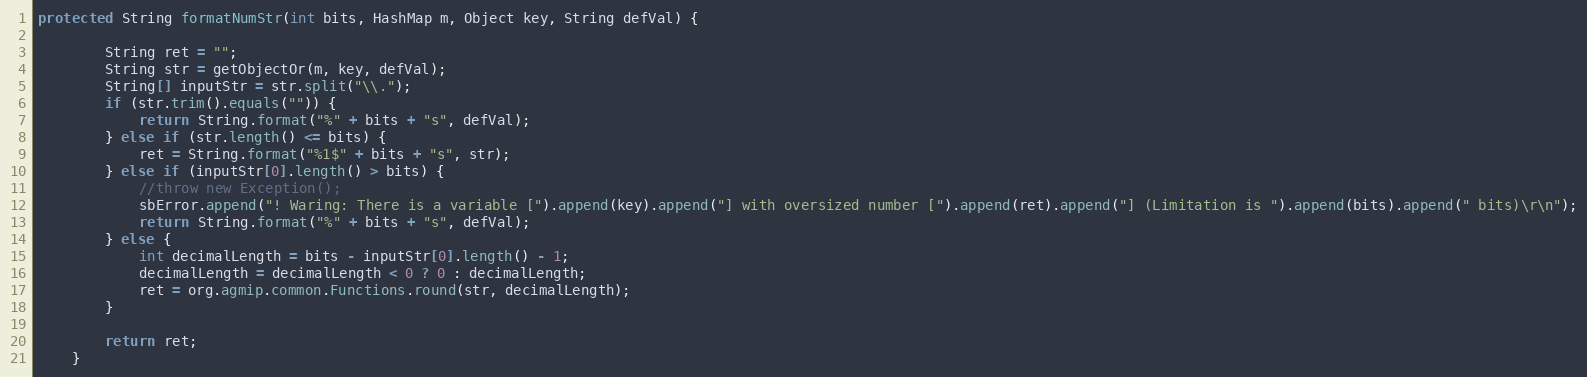
Language: Java
protected String formatNumStr(int bits, HashMap m, Object key, String defVal) {

        String ret = "";
        String str = getObjectOr(m, key, defVal);
        String[] inputStr = str.split("\\.");
        if (str.trim().equals("")) {
            return String.format("%" + bits + "s", defVal);
        } else if (str.length() <= bits) {
            ret = String.format("%1$" + bits + "s", str);
        } else if (inputStr[0].length() > bits) {
            //throw new Exception();
            sbError.append("! Waring: There is a variable [").append(key).append("] with oversized number [").append(ret).append("] (Limitation is ").append(bits).append(" bits)\r\n");
            return String.format("%" + bits + "s", defVal);
        } else {
            int decimalLength = bits - inputStr[0].length() - 1;
            decimalLength = decimalLength < 0 ? 0 : decimalLength;
            ret = org.agmip.common.Functions.round(str, decimalLength);
        }

        return ret;
    }